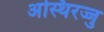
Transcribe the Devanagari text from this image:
अस्थिरज्जु